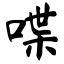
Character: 喋